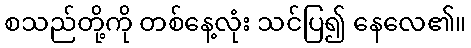
စသည်တို့ကို တစ်နေ့လုံး သင်ပြ၍ နေလေ၏။